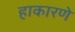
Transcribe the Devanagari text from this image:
हाकारणे